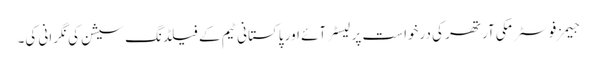
جیمز فوسٹر مکی آرتھر کی درخواست پر لیسٹر آئے اور پاکستانی ٹیم کے فیلڈنگ سیشن کی نگرانی کی۔